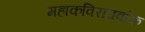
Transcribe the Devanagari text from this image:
महाकविराघवांक